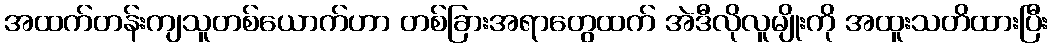
အထက်တန်းကျသူတစ်ယောက်ဟာ တစ်ခြားအရာတွေထက် အဲဒီလိုလူမျိုးကို အထူးသတိထားပြီး